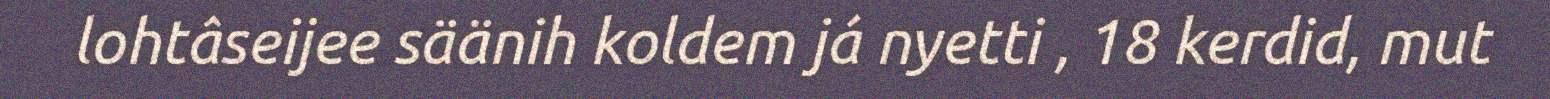
lohtâseijee säänih koldem já nyetti , 18 kerdid, mut